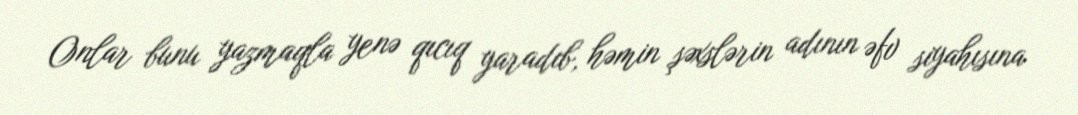
Onlar bunu yazmaqla yenə qıcıq yaradıb, həmin şəxslərin adının əfv siyahısına